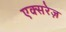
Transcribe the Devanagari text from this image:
एक्सरेज़